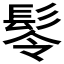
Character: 𩬔